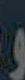
و